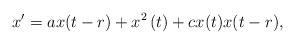
\begin{align*}x^{\prime }=ax(t-r)+x^{2}\left( t\right) +cx(t)x(t-r), \end{align*}